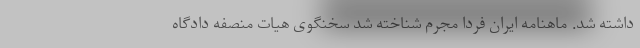
داشته شد. ماهنامه ایران فردا مجرم شناخته شد سخنگوی هیات منصفه دادگاه